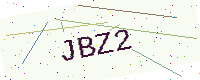
Text: JBZ2